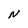
Character: N